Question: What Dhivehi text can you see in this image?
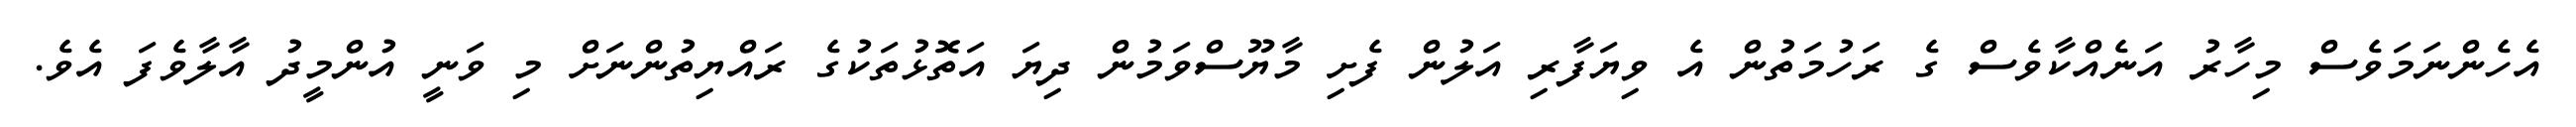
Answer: އެހެންނަމަވެސް މިހާރު އަނެއްކާވެސް ގެ ރަހުމަތުން އެ ވިޔަފާރި އަލުން ފެށި މާޔޫސްވަމުން ދިޔަ އަތޮޅުތަކުގެ ރައްޔިތުންނަށް މި ވަނީ އުންމީދު އާލާވެފަ އެވެ.